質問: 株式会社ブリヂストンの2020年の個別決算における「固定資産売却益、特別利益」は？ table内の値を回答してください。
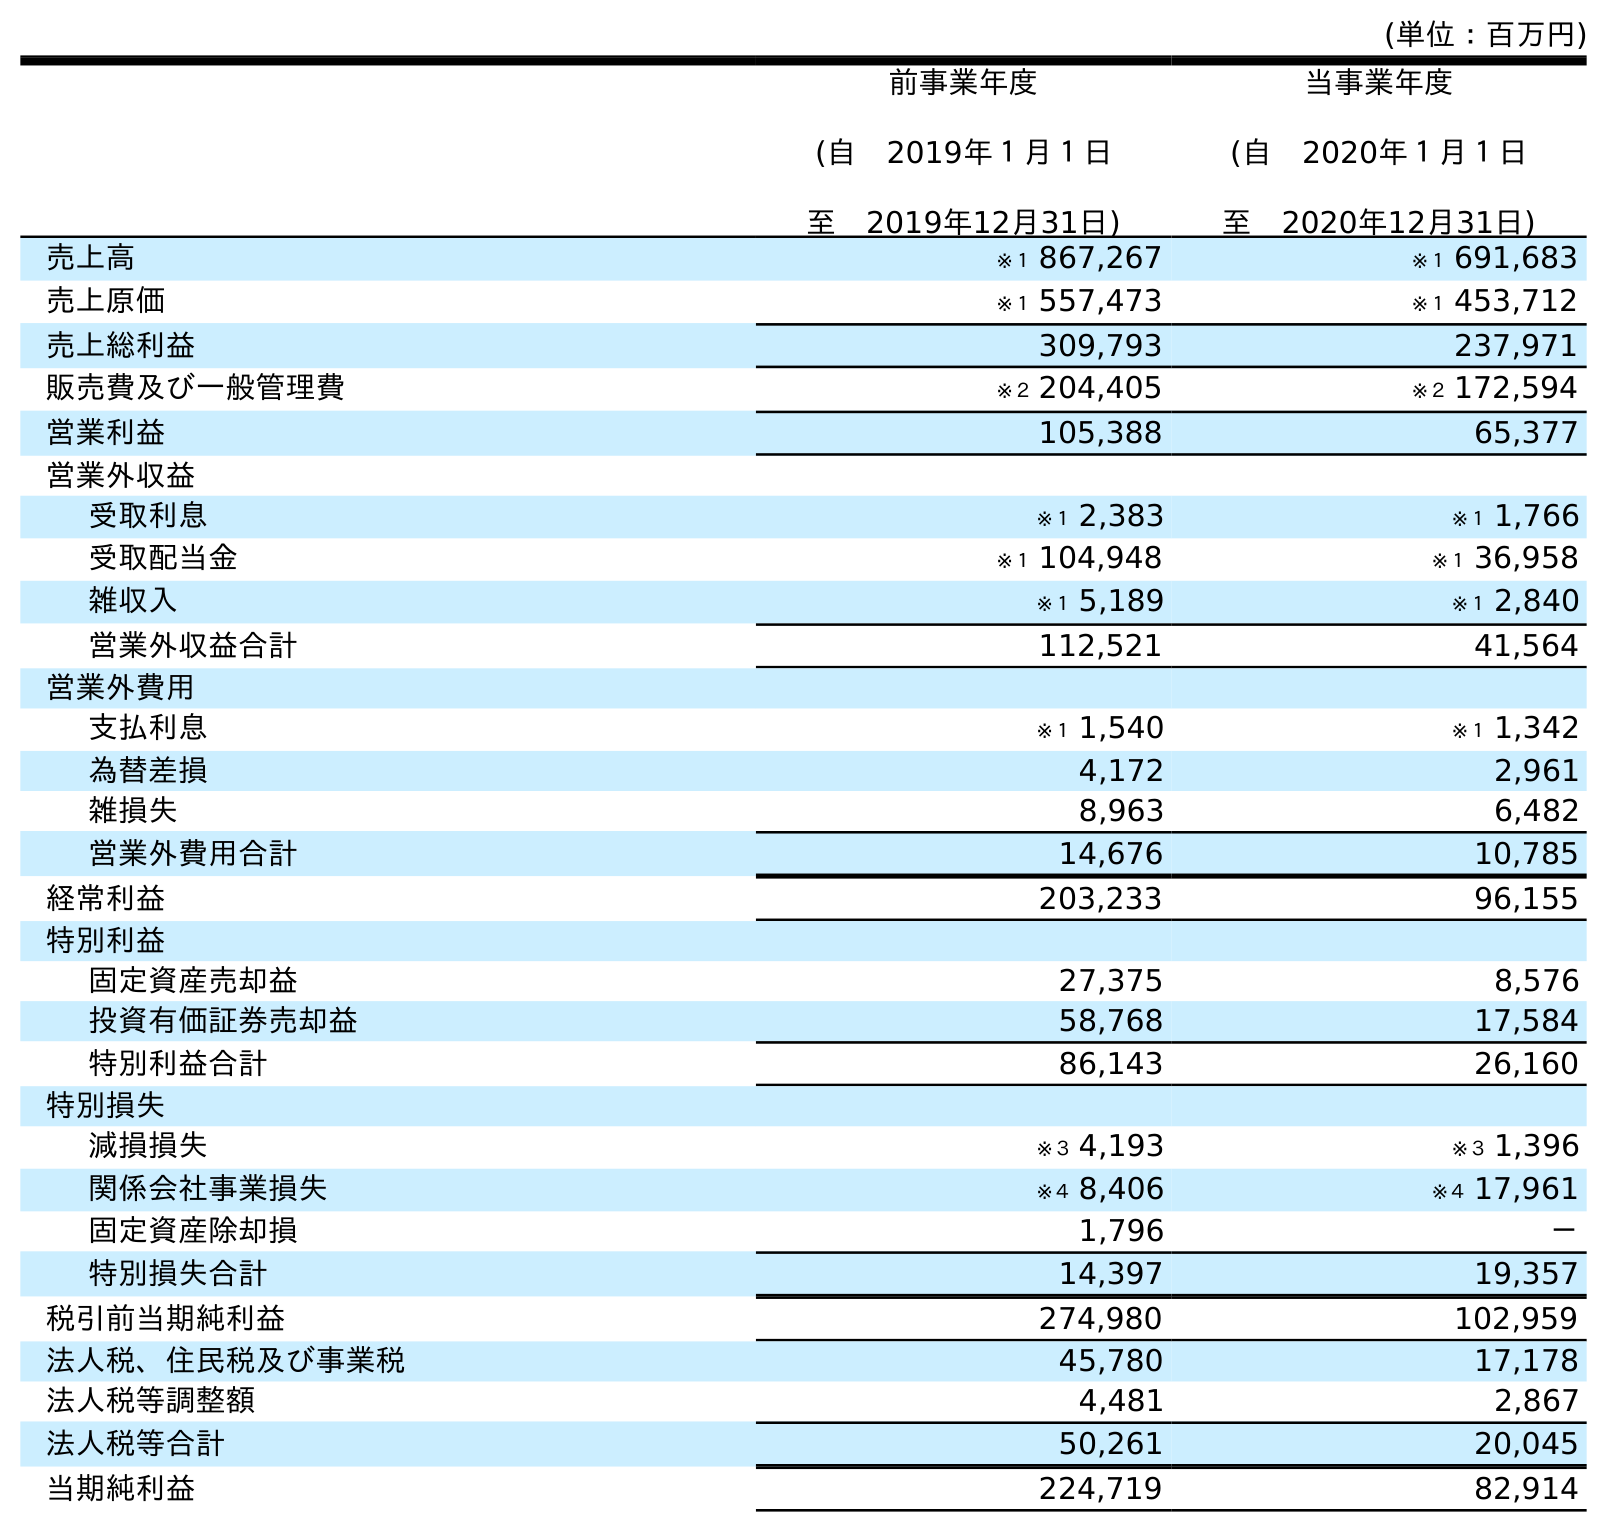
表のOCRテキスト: (単位：百万円) 前事業年度 (自 2019年１月１日 至 2019年12月31日) 当事業年度 (自 2020年１月１日 至 2020年12月31日) 売上高 ※１ 867,267 ※１ 691,683 売上原価 ※１ 557,473 ※１ 453,712 売上総利益 309,793 237,971 販売費及び一般管理費 ※２ 204,405 ※２ 172,594 営業利益 105,388 65,377 営業外収益 受取利息 ※１ 2,383 ※１ 1,766 受取配当金 ※１ 104,948 ※１ 36,958 雑収入 ※１ 5,189 ※１ 2,840 営業外収益合計 112,521 41,564 営業外費用 支払利息 ※１ 1,540 ※１ 1,342 為替差損 4,172 2,961 雑損失 8,963 6,482 営業外費用合計 14,676 10,785 経常利益 203,233 96,155 特別利益 固定資産売却益 27,375 8,576 投資有価証券売却益 58,768 17,584 特別利益合計 86,143 26,160 特別損失 減損損失 ※３ 4,193 ※３ 1,396 関係会社事業損失 ※４ 8,406 ※４ 17,961 固定資産除却損 1,796 － 特別損失合計 14,397 19,357 税引前当期純利益 274,980 102,959 法人税、住民税及び事業税 45,780 17,178 法人税等調整額 4,481 2,867 法人税等合計 50,261 20,045 当期純利益 224,719 82,914
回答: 8,576